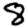
Digit: 8